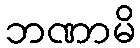
ဘဏာမိ